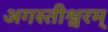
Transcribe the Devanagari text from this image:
अगस्तीश्वरम्